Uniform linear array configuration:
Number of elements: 24
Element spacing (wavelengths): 0.25
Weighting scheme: kaiser
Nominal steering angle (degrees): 60
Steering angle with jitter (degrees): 61.501
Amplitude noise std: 0.05
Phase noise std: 0.05

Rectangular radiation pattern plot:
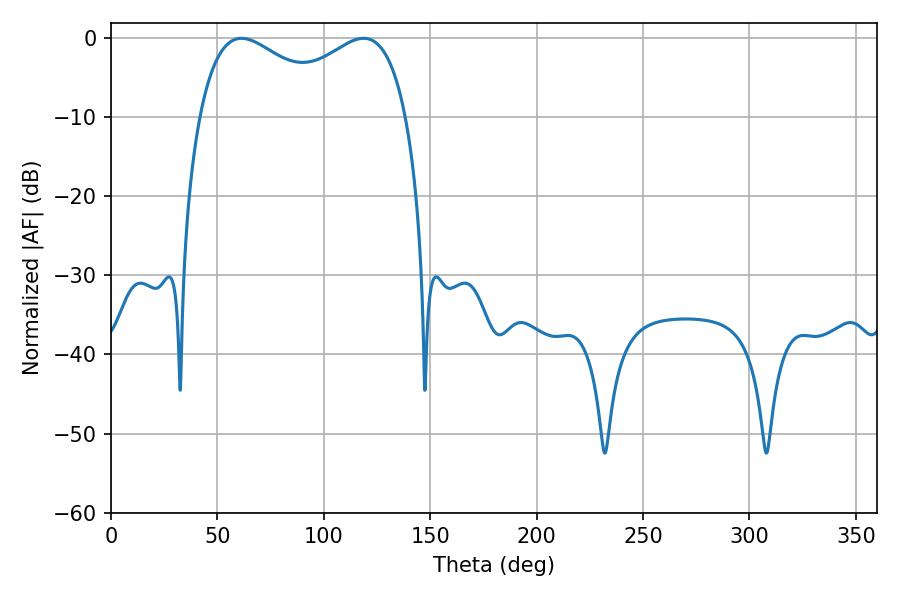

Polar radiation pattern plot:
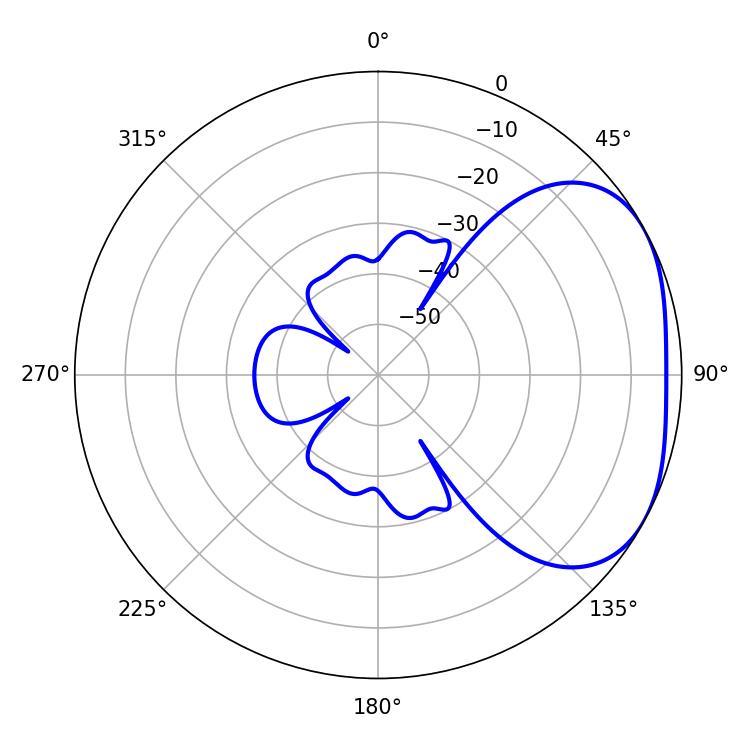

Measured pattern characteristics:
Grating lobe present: FALSE
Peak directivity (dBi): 2.911
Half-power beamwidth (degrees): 38.34
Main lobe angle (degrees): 61.38